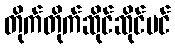
တိုက်တိုက်ဆိုင်ဆိုင်ပင်